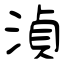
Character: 湞